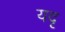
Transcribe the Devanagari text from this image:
यदृ